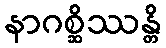
နာဂစ္ဆိဿန္တိ